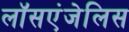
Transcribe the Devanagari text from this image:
लॉसएंजेलिस